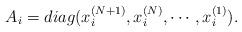
LaTeX: \begin{align*}A_{i}= diag(x_{i}^{(N+1)},x_{i}^{(N)}, \cdots, x_{i}^{(1)}). \end{align*}